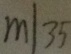
m \vert 3 5